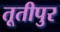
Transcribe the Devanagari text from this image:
तूतीपुर